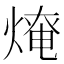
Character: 𤌥